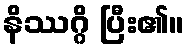
နိဿဂ္ဂိ ပြီး၏။